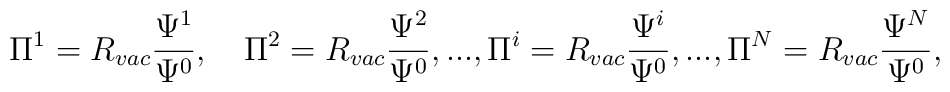
\Pi^1=R_{vac}\frac{\Psi^1}{\Psi^0},\quad \Pi^2=R_{vac}\frac{\Psi^2}{\Psi^0},...,\Pi^i=R_{vac}\frac{\Psi^i}{\Psi^0},...,\Pi^N=R_{vac}\frac{\Psi^N}{\Psi^0},